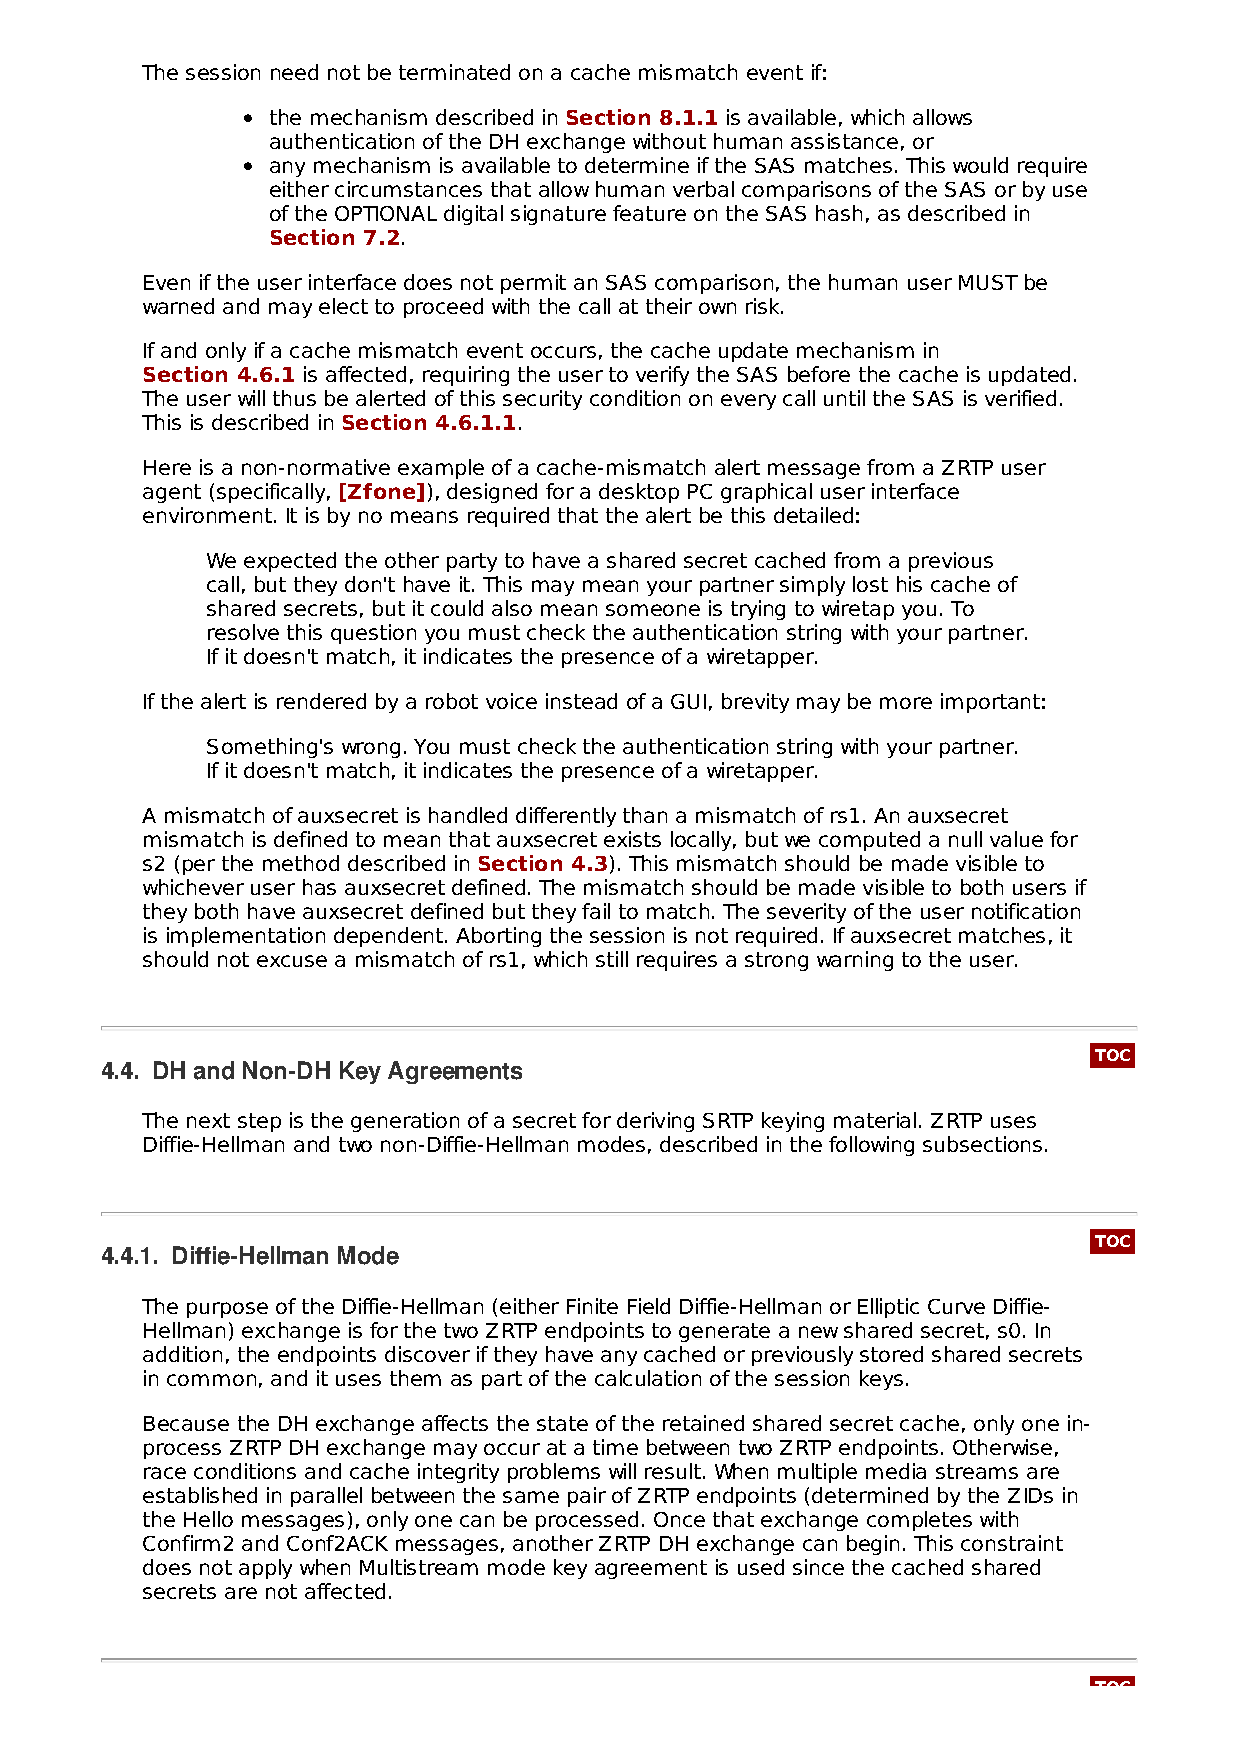
The session need not be terminated on a cache mismatch event if:
 the mechanism described in Section 8.1.1 is available, which allows
 authentication of the DH exchange without human assistance, or
 any mechanism is available to determine if the SAS matches. This would require
 either circumstances that allow human verbal comparisons of the SAS or by use
 of the OPTIONAL digital signature feature on the SAS hash, as described in
 Section 7.2.
 Even if the user interface does not permit an SAS comparison, the human user MUST be
 warned and may elect to proceed with the call at their own risk.
 If and only if a cache mismatch event occurs, the cache update mechanism in
 Section 4.6.1 is affected, requiring the user to verify the SAS before the cache is updated.
 The user will thus be alerted of this security condition on every call until the SAS is verified.
 This is described in Section 4.6.1.1.
 Here is a non-normative example of a cache-mismatch alert message from a ZRTP user
 agent (specifically, [Zfone]), designed for a desktop PC graphical user interface
 environment. It is by no means required that the alert be this detailed:
 We expected the other party to have a shared secret cached from a previous
 call, but they don't have it. This may mean your partner simply lost his cache of
 shared secrets, but it could also mean someone is trying to wiretap you. To
 resolve this question you must check the authentication string with your partner.
 If it doesn't match, it indicates the presence of a wiretapper.
 If the alert is rendered by a robot voice instead of a GUI, brevity may be more important:
 Something's wrong. You must check the authentication string with your partner.
 If it doesn't match, it indicates the presence of a wiretapper.
 A mismatch of auxsecret is handled differently than a mismatch of rs1. An auxsecret
 mismatch is defined to mean that auxsecret exists locally, but we computed a null value for
 s2 (per the method described in Section 4.3). This mismatch should be made visible to
 whichever user has auxsecret defined. The mismatch should be made visible to both users if
 they both have auxsecret defined but they fail to match. The severity of the user notification
 is implementation dependent. Aborting the session is not required. If auxsecret matches, it
 should not excuse a mismatch of rs1, which still requires a strong warning to the user.
 TOC
 4.4. DH and Non-DH Key Agreements
 The next step is the generation of a secret for deriving SRTP keying material. ZRTP uses
 Diffie-Hellman and two non-Diffie-Hellman modes, described in the following subsections.
 TOC
 4.4.1. Diffie-Hellman Mode
 The purpose of the Diffie-Hellman (either Finite Field Diffie-Hellman or Elliptic Curve Diffie-
 Hellman) exchange is for the two ZRTP endpoints to generate a new shared secret, s0. In
 addition, the endpoints discover if they have any cached or previously stored shared secrets
 in common, and it uses them as part of the calculation of the session keys.
 Because the DH exchange affects the state of the retained shared secret cache, only one in-
 process ZRTP DH exchange may occur at a time between two ZRTP endpoints. Otherwise,
 race conditions and cache integrity problems will result. When multiple media streams are
 established in parallel between the same pair of ZRTP endpoints (determined by the ZIDs in
 the Hello messages), only one can be processed. Once that exchange completes with
 Confirm2 and Conf2ACK messages, another ZRTP DH exchange can begin. This constraint
 does not apply when Multistream mode key agreement is used since the cached shared
 secrets are not affected.
 TOC